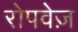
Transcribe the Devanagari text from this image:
रोपवेज़